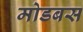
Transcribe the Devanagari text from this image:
मोडबस